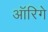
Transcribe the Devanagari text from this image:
ऑरिगे